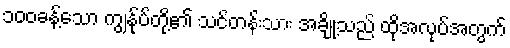
၁၀၀ခန့်သော ကျွန်ုပ်တို့၏ သင်တန်းသား အချို့သည် ထိုအလုပ်အတွက်